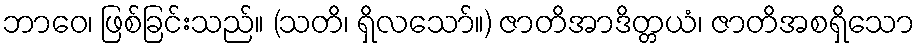
ဘာဝေ၊ ဖြစ်ခြင်းသည်။ (သတိ၊ ရှိလသော်။) ဇာတိအာဒိတ္တယံ၊ ဇာတိအစရှိသော